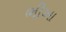
ભીખા